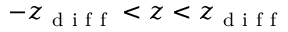
- z _ { \mathrm { ~ d ~ i ~ f ~ f ~ } } < z < z _ { \mathrm { ~ d ~ i ~ f ~ f ~ } }